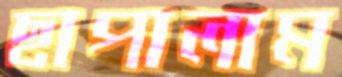
ছাপালাম